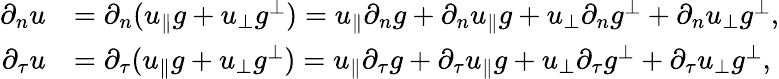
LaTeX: \begin{array}{rl}{\partial_{n}u}&{=\partial_{n}(u_{\parallel}g+u_{\perp}g^{\perp})=u_{\parallel}\partial_{n}g+\partial_{n}u_{\parallel}g+u_{\perp}\partial_{n}g^{\perp}+\partial_{n}u_{\perp}g^{\perp},}\\ {\partial_{\tau}u}&{=\partial_{\tau}(u_{\parallel}g+u_{\perp}g^{\perp})=u_{\parallel}\partial_{\tau}g+\partial_{\tau}u_{\parallel}g+u_{\perp}\partial_{\tau}g^{\perp}+\partial_{\tau}u_{\perp}g^{\perp},}\end{array}